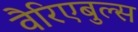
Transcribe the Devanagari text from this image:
वैरिएबुल्स